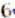
6